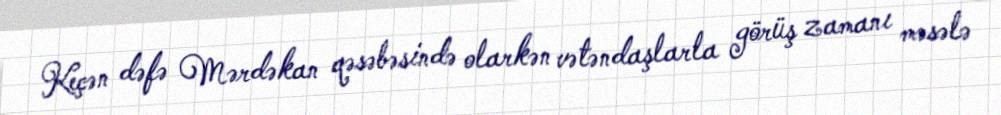
Keçən dəfə Mərdəkan qəsəbəsində olarkən vətəndaşlarla görüş zamanı məsələ